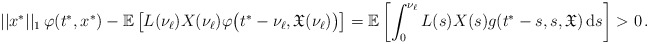
\begin{align*}||x^*||_1\,\varphi(t^*,x^*) - \mathbb{E} \left[L(\nu_{\ell})X(\nu_{\ell})\varphi \big(t^*-\nu_{\ell},\mathfrak{X}(\nu_{\ell})\big)\right]=\mathbb{E} \left[\int_0^{\nu_{\ell}} L(s)X(s)g(t^*-s,s,\mathfrak{X})\, \mathrm{d}s \right]> 0\,.\end{align*}